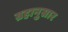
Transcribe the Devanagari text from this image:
ग्रहानुसार